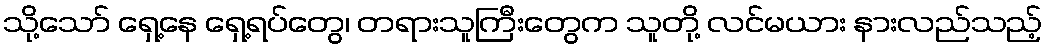
သို့သော် ရှေ့နေ ရှေ့ရပ်တွေ၊ တရားသူကြီးတွေက သူတို့ လင်မယား နားလည်သည့်